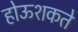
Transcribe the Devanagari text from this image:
होऊशकते